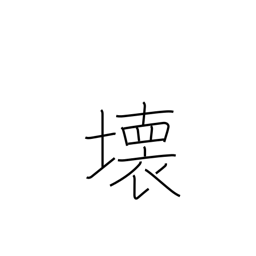
Meaning: demolition